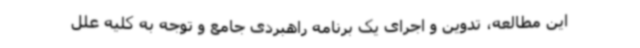
این مطالعه، تدوین و اجرای یک برنامه راهبردی جامع و توجه به کلیه علل